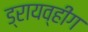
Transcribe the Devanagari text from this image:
ड्रायव्हींग